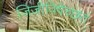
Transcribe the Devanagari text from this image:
जिजीविषेच्छतं